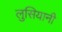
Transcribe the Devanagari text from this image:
लुसियानी